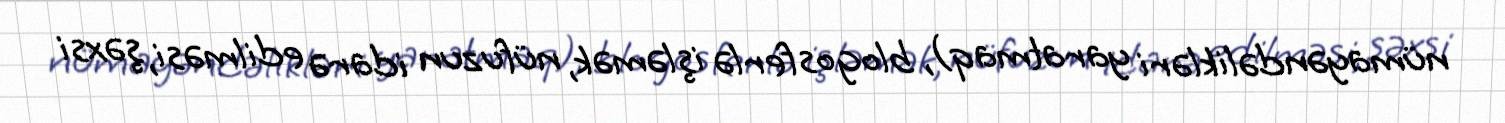
nümayəndəlikləri yaratmaq), blogosferlə işləmək, nüfuzun idarə edilməsi, şəxsi